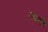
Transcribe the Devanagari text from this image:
लातीं